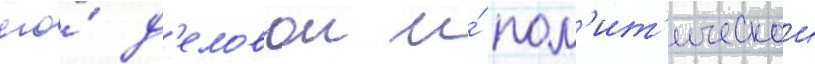
его́ д'еловои и́ пол'ит'ическои